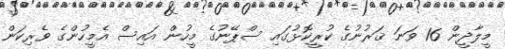
މީލާދީން 16 ވަނަ ޤަރުނުގެ ކުރީކޮޅުގައި ސްޕޭނުގެ މީހުން އައިސް އެމީހުންގެ ވެރިކަން